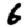
Digit: 6